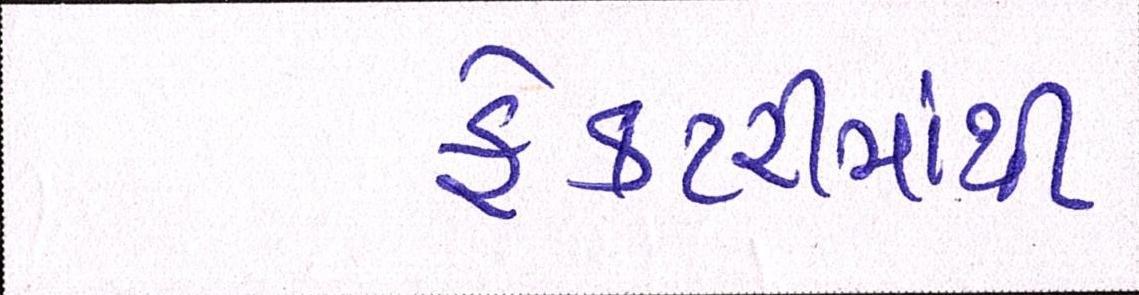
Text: ફેકટરીમાંથી